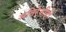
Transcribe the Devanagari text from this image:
अतिरेकीही